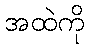
အထဲကို